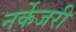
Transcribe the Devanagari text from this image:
नर्केजरी